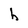
Character: h